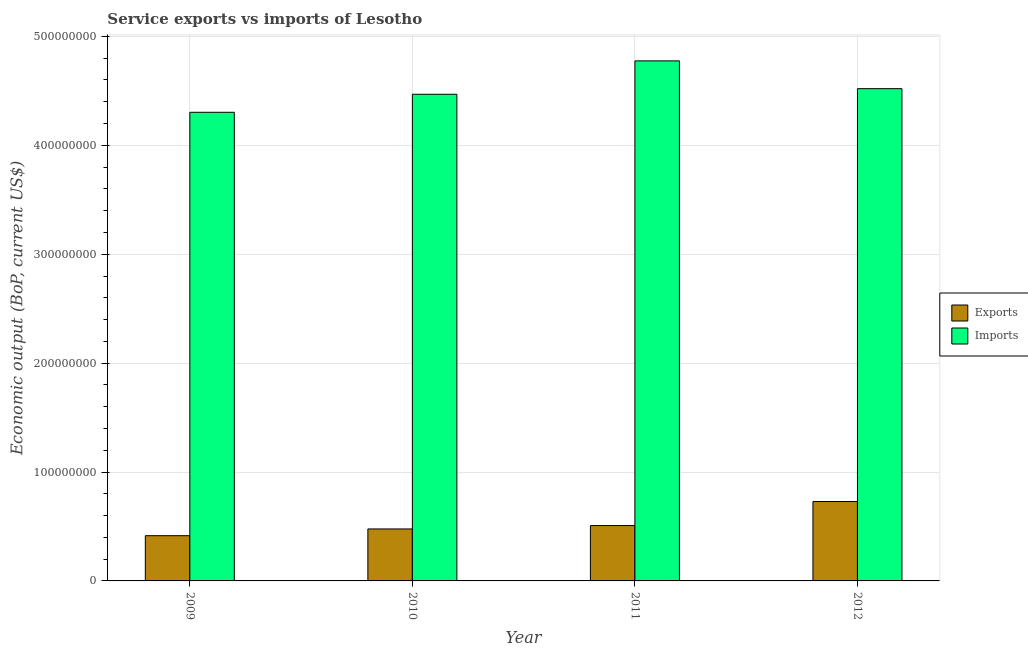
| Year | Exports | Imports |
 | --- | --- | --- |
 | 2009 | 4.15e+07 | 4.3e+08 |
 | 2010 | 4.77e+07 | 4.47e+08 |
 | 2011 | 5.08e+07 | 4.78e+08 |
 | 2012 | 7.29e+07 | 4.52e+08 |